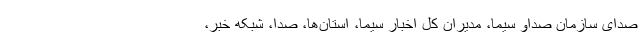
صدای سازمان صداو سیما، مدیران کل اخبار سیما، استان‌ها، صدا، شبکه خبر،